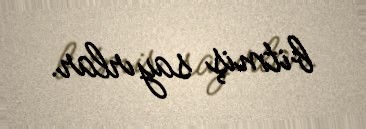
bitmiş sayırlar.